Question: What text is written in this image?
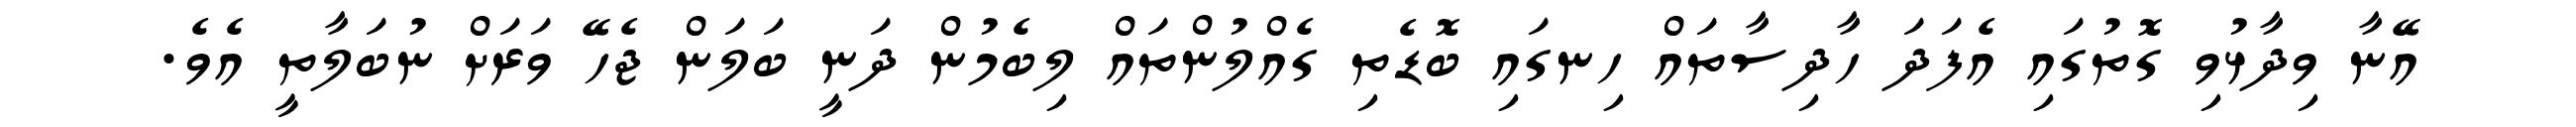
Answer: އޭނާ ވިދާޅުވި ގޮތުގައި އެފަދަ ހާދިސާތައް ހިނގައި ބޮޑެތި ގެއްލުންތައް ލިބެމުން ދަނީ ބަލަން ޖެހޭ ވަރަށް ނުބަލާތީ އެވެ.